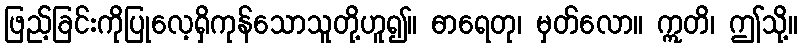
ဖြည့်ခြင်းကိုပြုလေ့ရှိကုန်သောသူတို့ဟူ၍။ ဓာရေတု၊ မှတ်လော။ ဣတိ၊ ဤသို့။